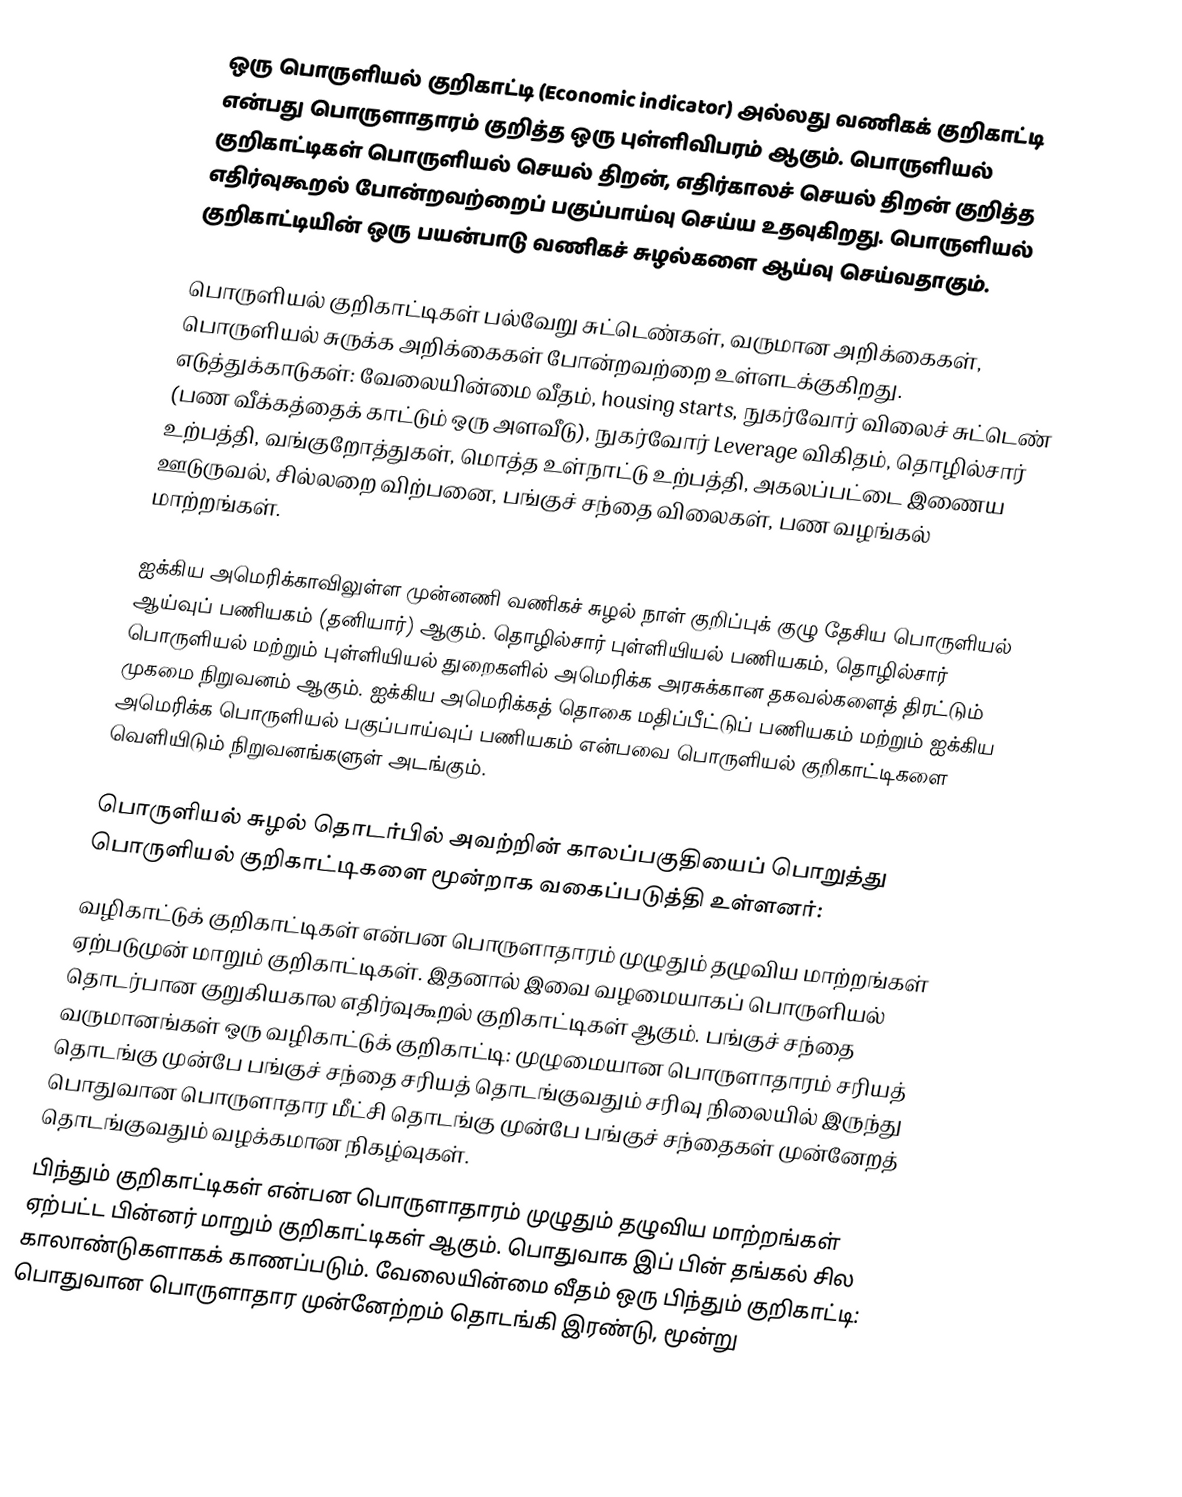
ஒரு பொருளியல் குறிகாட்டி (Economic indicator) அல்லது வணிகக் குறிகாட்டி என்பது பொருளாதாரம் குறித்த ஒரு புள்ளிவிபரம் ஆகும். பொருளியல் குறிகாட்டிகள் பொருளியல் செயல் திறன், எதிர்காலச் செயல் திறன் குறித்த எதிர்வுகூறல் போன்றவற்றைப் பகுப்பாய்வு செய்ய உதவுகிறது.  பொருளியல் குறிகாட்டியின் ஒரு பயன்பாடு வணிகச் சுழல்களை ஆய்வு செய்வதாகும்.

பொருளியல் குறிகாட்டிகள் பல்வேறு சுட்டெண்கள், வருமான அறிக்கைகள், பொருளியல் சுருக்க அறிக்கைகள் போன்றவற்றை உள்ளடக்குகிறது.  எடுத்துக்காடுகள்: வேலையின்மை வீதம், housing starts, நுகர்வோர் விலைச் சுட்டெண் (பண வீக்கத்தைக் காட்டும் ஒரு அளவீடு), நுகர்வோர் Leverage விகிதம், தொழில்சார் உற்பத்தி, வங்குறோத்துகள், மொத்த உள்நாட்டு உற்பத்தி, அகலப்பட்டை இணைய ஊடுருவல், சில்லறை விற்பனை, பங்குச் சந்தை விலைகள், பண வழங்கல் மாற்றங்கள்.

ஐக்கிய அமெரிக்காவிலுள்ள முன்னணி வணிகச் சுழல் நாள் குறிப்புக் குழு தேசிய பொருளியல் ஆய்வுப் பணியகம் (தனியார்) ஆகும். தொழில்சார் புள்ளியியல் பணியகம், தொழில்சார் பொருளியல் மற்றும் புள்ளியியல் துறைகளில் அமெரிக்க அரசுக்கான தகவல்களைத் திரட்டும் முகமை நிறுவனம் ஆகும். ஐக்கிய அமெரிக்கத் தொகை மதிப்பீட்டுப் பணியகம் மற்றும் ஐக்கிய அமெரிக்க பொருளியல் பகுப்பாய்வுப் பணியகம் என்பவை பொருளியல் குறிகாட்டிகளை வெளியிடும் நிறுவனங்களுள் அடங்கும்.

பொருளியல் சுழல் தொடர்பில் அவற்றின் காலப்பகுதியைப் பொறுத்து பொருளியல் குறிகாட்டிகளை மூன்றாக வகைப்படுத்தி உள்ளனர்:
வழிகாட்டுக் குறிகாட்டிகள் என்பன பொருளாதாரம் முழுதும் தழுவிய மாற்றங்கள் ஏற்படுமுன் மாறும் குறிகாட்டிகள்.  இதனால் இவை வழமையாகப் பொருளியல் தொடர்பான குறுகியகால எதிர்வுகூறல் குறிகாட்டிகள் ஆகும்.  பங்குச் சந்தை வருமானங்கள் ஒரு வழிகாட்டுக் குறிகாட்டி: முழுமையான பொருளாதாரம் சரியத் தொடங்கு முன்பே பங்குச் சந்தை சரியத் தொடங்குவதும் சரிவு நிலையில் இருந்து பொதுவான பொருளாதார மீட்சி தொடங்கு முன்பே பங்குச் சந்தைகள் முன்னேறத் தொடங்குவதும் வழக்கமான நிகழ்வுகள்.
பிந்தும் குறிகாட்டிகள் என்பன பொருளாதாரம் முழுதும் தழுவிய மாற்றங்கள் ஏற்பட்ட பின்னர் மாறும் குறிகாட்டிகள் ஆகும். பொதுவாக இப் பின் தங்கல் சில காலாண்டுகளாகக் காணப்படும். வேலையின்மை வீதம் ஒரு பிந்தும் குறிகாட்டி: பொதுவான பொருளாதார முன்னேற்றம் தொடங்கி இரண்டு, மூன்று